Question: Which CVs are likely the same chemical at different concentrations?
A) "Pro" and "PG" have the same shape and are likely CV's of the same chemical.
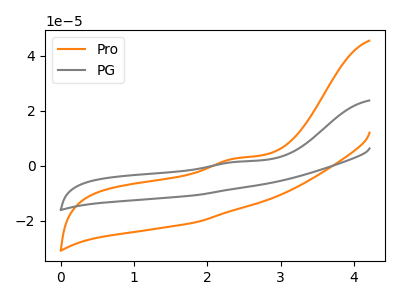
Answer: <think>The orange curve "Pro" has an anodic peak at: (2.40V, 2.70uA). The gray curve "PG" has an anodic peak at: (2.40V, 1.40uA).
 All the peaks in "Pro" have a peak in "PG" at the same potential. Every peak in "Pro" is higher than every peak in "PG".</think>
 <answer>A) "Pro" and "PG" have the same shape and are likely CV's of the same chemical.</answer>
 <eval>A</eval>